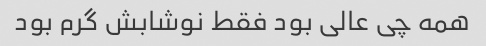
همه چی عالی بود فقط نوشابش گرم بود